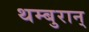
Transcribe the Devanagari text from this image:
थम्बुरान्